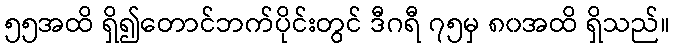
၅၅အထိ ရှိ၍တောင်ဘက်ပိုင်းတွင် ဒီဂရီ ၇၅မှ ၈၀အထိ ရှိသည်။